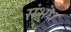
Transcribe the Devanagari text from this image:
संभंध